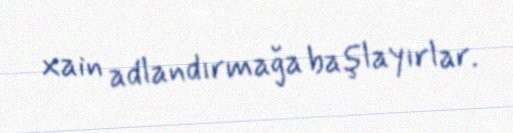
xain adlandırmağa başlayırlar.